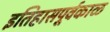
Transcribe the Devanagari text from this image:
इतिहासपूर्वकाळ